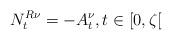
LaTeX: \begin{align*}N_t^{R\nu}=-A_t^{\nu}, t\in[0,\zeta[\end{align*}